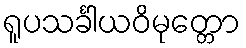
ရူပသင်္ခါယဝိမုတ္တော